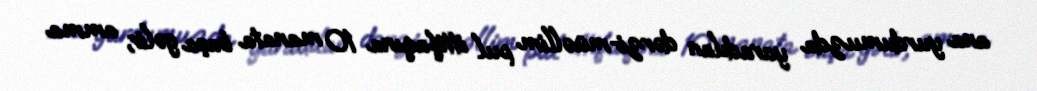
ana yurdumuzda yaradılan dərzi-müəllim pul ittifaqına 10 manata başa gəlir, amma